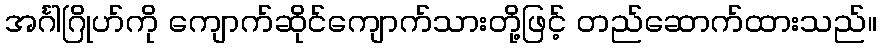
အင်္ဂါဂြိုဟ်ကို ကျောက်ဆိုင်ကျောက်သားတို့ဖြင့် တည်ဆောက်ထားသည်။